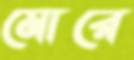
মোরে